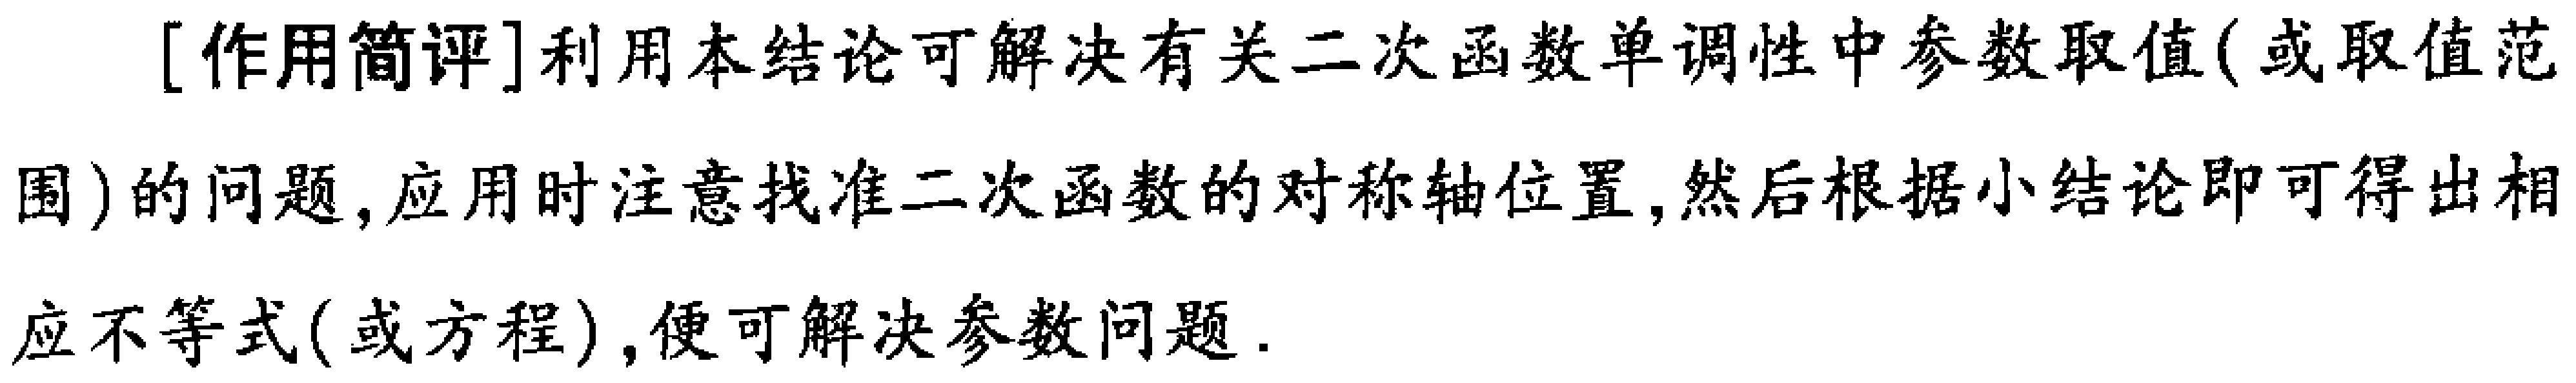
[作用简评]利用本结论可解决有关二次函数单调性中参数取值(或取值范

围)的问题, 应用时注意找准二次函数的对称轴位置, 然后根据小结论即可得出相

应不等式(或方程), 便可解决参数问题.